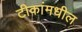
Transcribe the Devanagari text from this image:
टीकांमधील